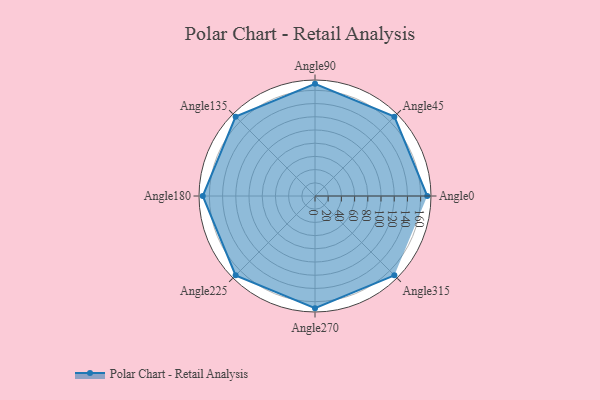
{"axis": {"x": "Angle", "y": "Radius"}, "legend": [""], "data": [{"x": "Angle0", "y": 170, "type": ""}, {"x": "Angle45", "y": 170, "type": ""}, {"x": "Angle90", "y": 170, "type": ""}, {"x": "Angle135", "y": 170, "type": ""}, {"x": "Angle180", "y": 170, "type": ""}, {"x": "Angle225", "y": 170, "type": ""}, {"x": "Angle270", "y": 170, "type": ""}, {"x": "Angle315", "y": 170, "type": ""}]}